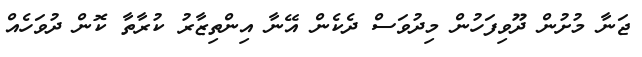
ޖަނާ މުށުން ދޫވިފަހުން މިދުވަސް ދެކެން އޭނާ އިންތިޒާރު ކުރާތާ ކޮން ދުވަހެއް